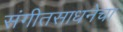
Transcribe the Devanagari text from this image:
संगीतसाधनेचा